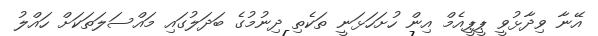
އޭނާ ވިދާޅުވީ ޕީޕީއެމް އިން ހުށަހަޅަނީ ތަކެތި ދިނުމުގެ ބަދަލުގައި މައްސަލަތަކަށް ހައްލު